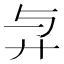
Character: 𢌱